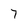
Character: 7